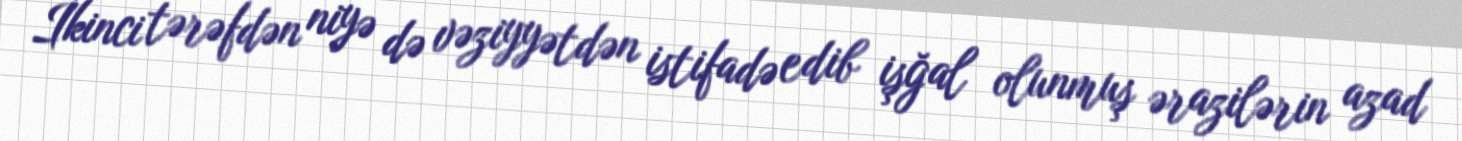
İkinci tərəfdən niyə də vəziyyətdən istifadə edib işğal olunmuş ərazilərin azad